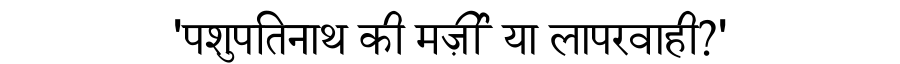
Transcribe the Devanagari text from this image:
'पशुपतिनाथ की मर्ज़ी या लापरवाही?'